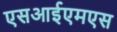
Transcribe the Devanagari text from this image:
एसआईएमएस